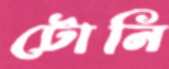
টোনি